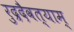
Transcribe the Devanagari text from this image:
रुद्रदैवत्याम्